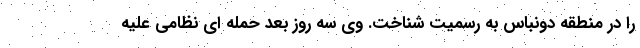
را در منطقه دونباس به رسمیت شناخت. وی سه روز بعد حمله ای نظامی علیه